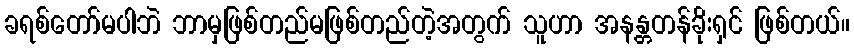
ခရစ်တော်မပါဘဲ ဘာမှဖြစ်တည်မဖြစ်တည်တဲ့အတွက် သူဟာ အနန္တတန်ခိုးရှင် ဖြစ်တယ်။